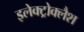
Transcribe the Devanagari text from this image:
इलेक्ट्रोक्लैश